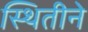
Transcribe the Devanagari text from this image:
स्थितीने